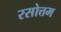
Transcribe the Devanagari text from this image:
रसोत्तम